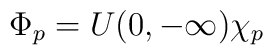
\Phi_p = U(0,-\infty) \chi_p